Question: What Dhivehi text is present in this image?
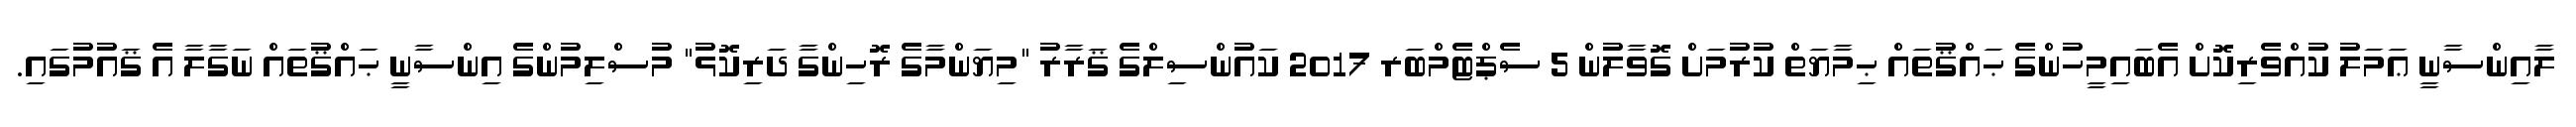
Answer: ލާއިންސާނީ ޢަމަލު ކުއްވެރިކޮށް އެބައިމީހުންގެ ޙައްޤުތައް ޙިމާޔަތް ކުރުމަށް ގޮވާލުން 5 ސެޕްޓެމްބަރ 2017 ކައުންސިލްގެ ޤަރާރު "މިޔަންމާގެ ރޮހިންގާ ދަރިކޮޅު" މުސްލިމުންގެ އިންސާނީ ޙައްޤުތައް ނަގާލާ އެ ޤައުމުގައި.